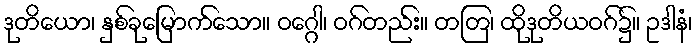
ဒုတိယော၊ နှစ်ခုမြောက်သော။ ဝဂ္ဂေါ၊ ဝဂ်တည်း။ တတြ၊ ထိုဒုတိယဝဂ်၌။ ဥဒါနံ၊